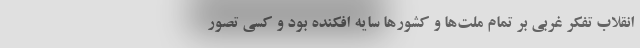
انقلاب تفکر غربی بر تمام ملت‌ها و کشورها سایه افکنده بود و کسی تصور